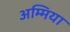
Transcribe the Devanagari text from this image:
अम्मिया